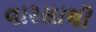
વારસાથી